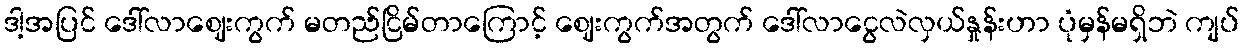
ဒါ့အပြင် ဒေါ်လာဈေးကွက် မတည်ငြိမ်တာကြောင့် ဈေးကွက်အတွက် ဒေါ်လာငွေလဲလှယ်နှုန်းဟာ ပုံမှန်မရှိဘဲ ကျပ်